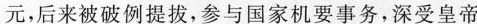
元，后来被破例提拔，参与国家机要事务，深受皇帝